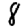
Digit: 8